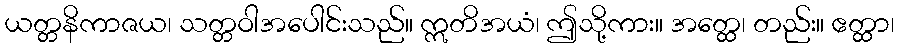
ယတ္တနိကာဇယ၊ သတ္တဝါအပေါင်းသည်။ ဣတိအယံ၊ ဤသို့ကား။ အတ္ထေ၊ တည်း။ ဧတ္ထာ၊